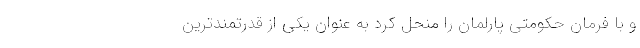
و با فرمان حکومتی پارلمان را منحل کرد به عنوان یکی از قدرتمندترین